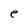
Character: e